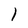
Character: 1